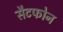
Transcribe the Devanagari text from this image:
सैटफोन